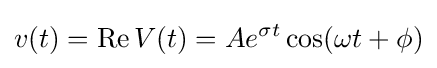
v(t)=\operatorname {Re} {V(t)}=Ae^{\sigma t}\cos(\omega t+\phi )